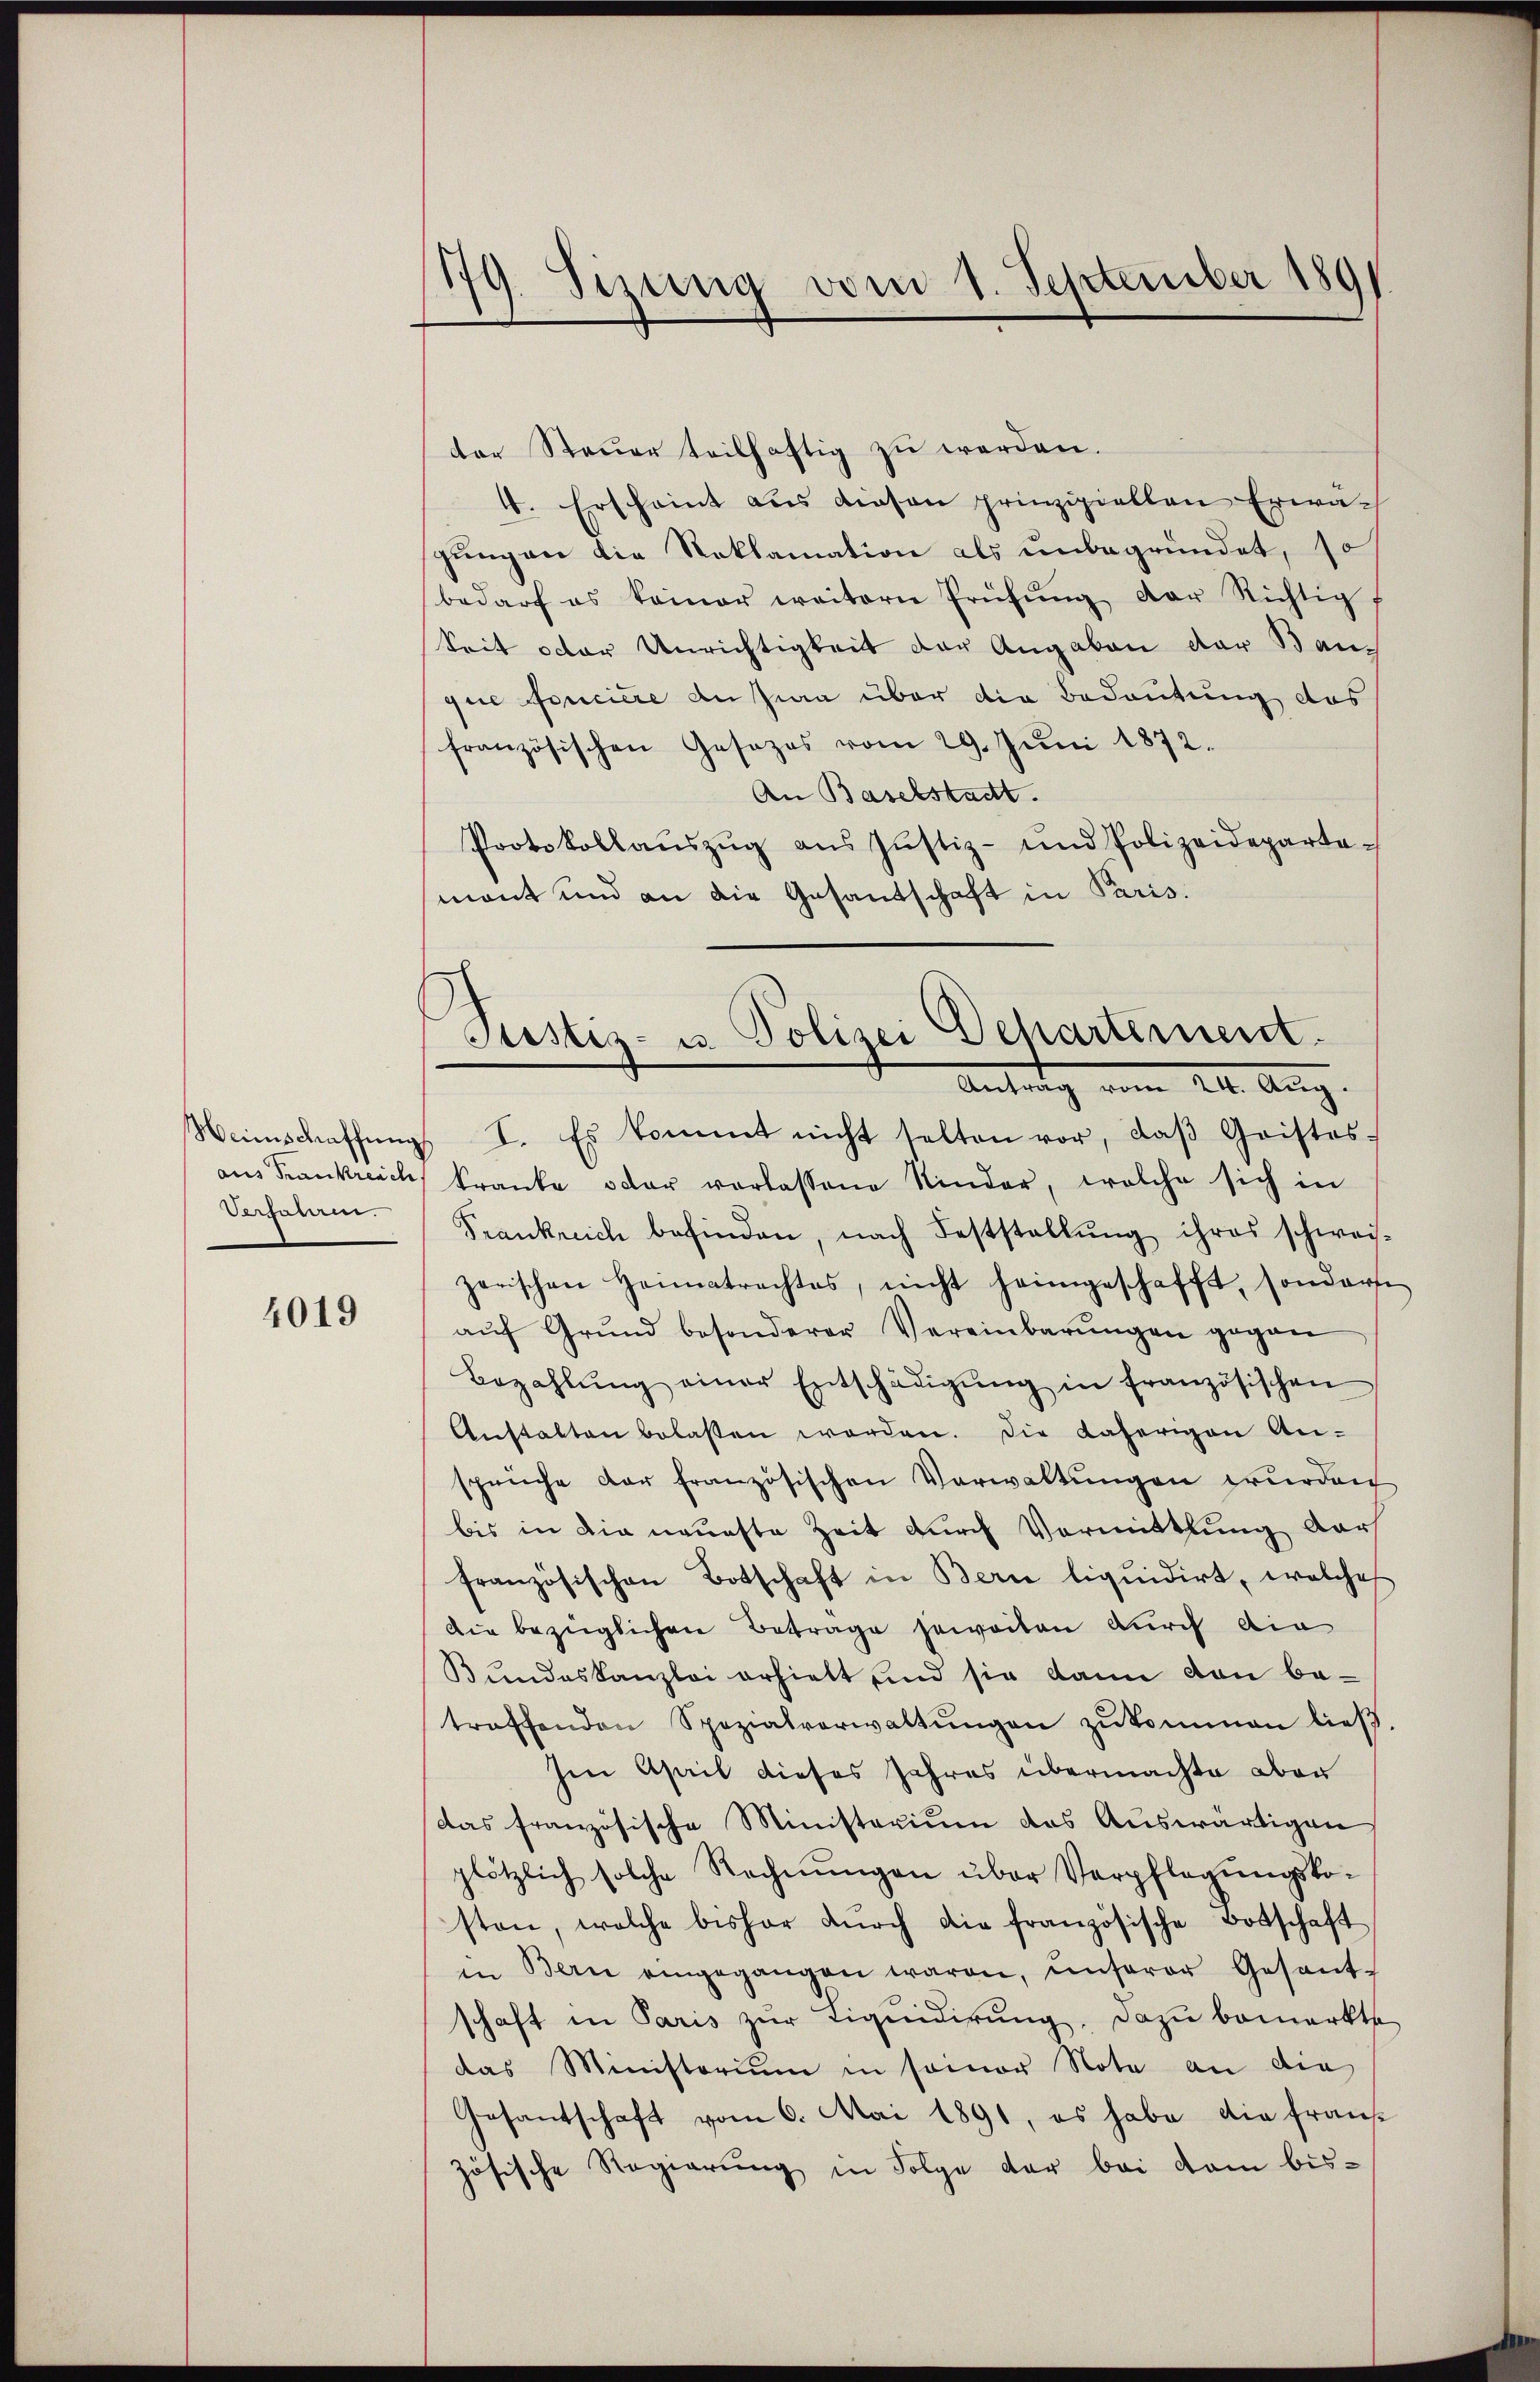
aus Frankreich
Verfahren.

4019

179. Sizung vom 1. September 189

der Steuer teilhaftig zu werden.
4. Erscheint aus diesen prinzipiellen Erwägung vor die Reklamation als unbegründet, so
bedarf es keiner weitern Prüfŭng der Richtig f
Seit oder Unrichtigkeit der Angaben der Bauque foncière an sian über die Bedeutung des
französischen Gesezes vom 29. Jŭni 1872.
An Baselstadt.
Protokollaŭszŭg ans Justiz- und Polizeideparta-
mont und an die Gesandschaft in Paris.
Weinschaffŭng I. Es kommt nicht selten vor, daβ Gristos-
kranke oder verlassene Kinder, welche sich in
Prankreich befinden, nach Feststellŭng ihres schweis-
zerischen Heimatrachtes, nicht heimgeschafft, sonderse
aŭf Grund besonderer Vereinbarungen gegen
Bezahlŭng einer Entschädigŭng in französischen
Anstalten belasten worden. Die daherigen An-
sprüche der französischen Verwaltŭngen wurden
bis in die neueste Zeit durch Vormittlung dar
französischen Botschaft in Bern liquidirt, welches
Die bezüglichen Betrage jeweiten durch die
Bundeskanzlei erhielt sind sie kann von betroffenden Spezialverwaltŭngen zukommen ließ
Im April dieses Jahres übermachte aber
das französische Ministerium des Auswärtigen
plötzlich solche Rechnŭngen über Verpflegungskoston, welche bisher dŭrch die französische Botschaft
in Bern eingegangen waren, ŭnserer Gesant-
schaft in Paris zur Liquidirung, dazu bemerkte
das Ministorium in seiner Nota an die
Gesantschaft vom 6. Mai 1890, es habe die frans
zösische Regierung in Folge der bei kam bis¬

Justiz- u. Polizei Departement
Antrag vom 21. Aug.